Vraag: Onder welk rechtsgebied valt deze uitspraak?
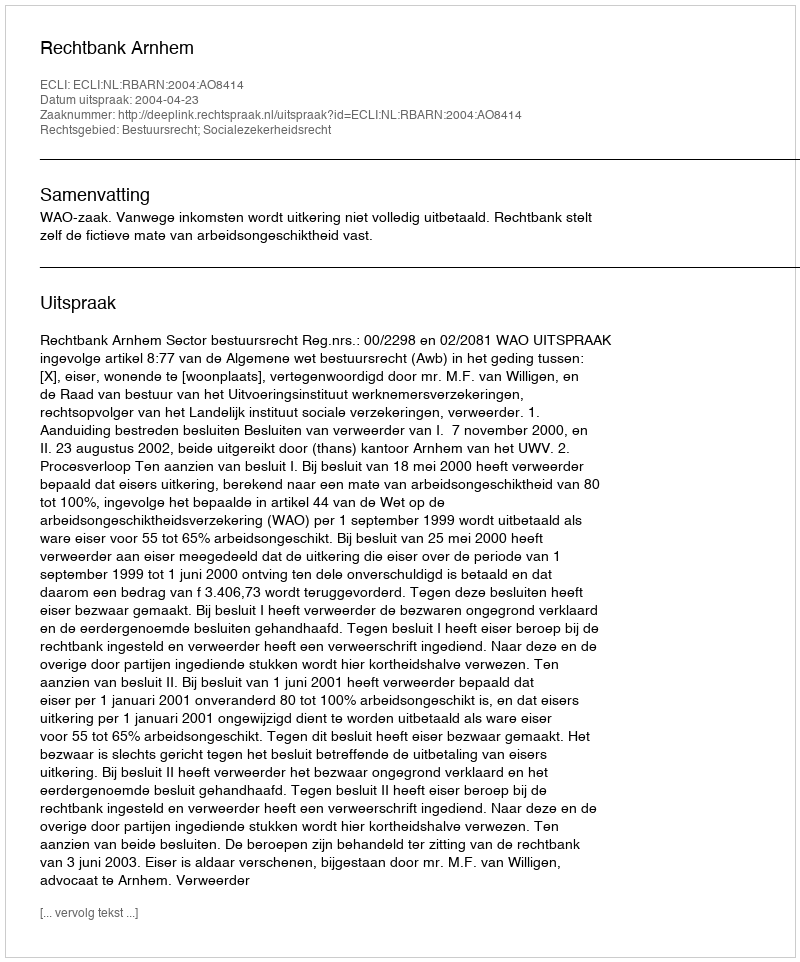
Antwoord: Bestuursrecht; Socialezekerheidsrecht